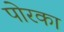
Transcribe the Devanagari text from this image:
पोरका